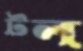
টল